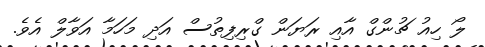
ލޯ ހިއު ޗުންގް އާއި ރަޔަން ގްރިފިތުސް އަދި މަހަމާ އަވާލް އެވެ.